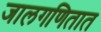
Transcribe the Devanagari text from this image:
जालगणितात